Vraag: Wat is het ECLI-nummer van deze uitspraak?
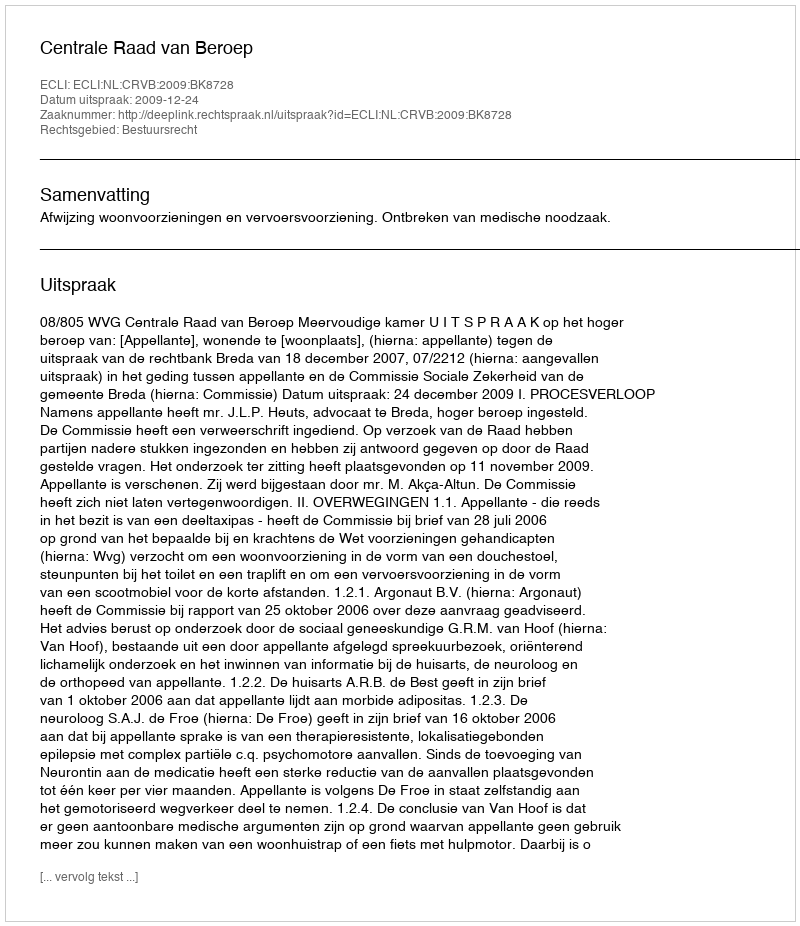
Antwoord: ECLI:NL:CRVB:2009:BK8728